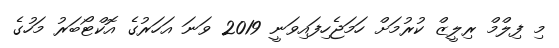
މި ފިލްމް ރިލީޒް ކުރުމަށް ހަމަޖެހިފައިވަނީ 2019 ވަނަ އަހަރުގެ އޮކްޓޯބަރު މަހުގެ